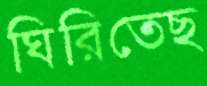
ঘিরিতেছ